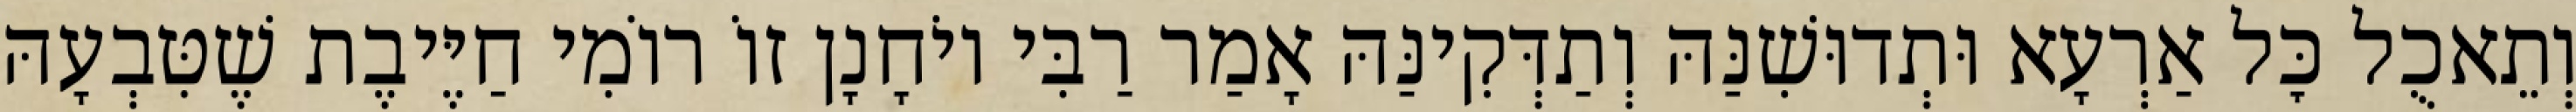
וְתֵאכֻל כׇּל אַרְעָא וּתְדוּשִׁנַּהּ וְתַדְּקִינַּהּ אָמַר רַבִּי יוֹחָנָן זוֹ רוֹמִי חַיֶּיבֶת שֶׁטִּבְעָהּ